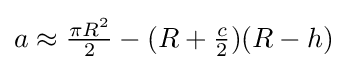
a\approx {\tfrac {\pi R^{2}}{2}}-(R+{\tfrac {c}{2}})(R-h)